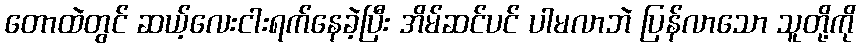
တောထဲတွင် ဆယ့်လေးငါးရက်နေခဲ့ပြီး အိမ်ဆင်ပင် ပါမလာဘဲ ပြန်လာသော သူတို့ကို